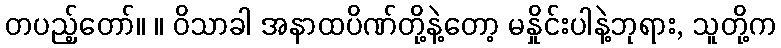
တပည့်တော်။ ။ ဝိသာခါ အနာထပိဏ်တို့နဲ့တော့ မနှိုင်းပါနဲ့ဘုရား, သူတို့က